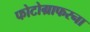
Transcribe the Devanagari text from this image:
फोटोग्राफरना